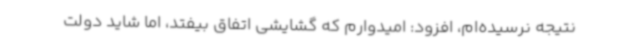
نتیجه نرسیده‌ام، افزود: امیدوارم که گشایشی اتفاق بیفتد، اما شاید دولت